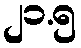
၂၁.၅